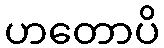
ဟတောပိ